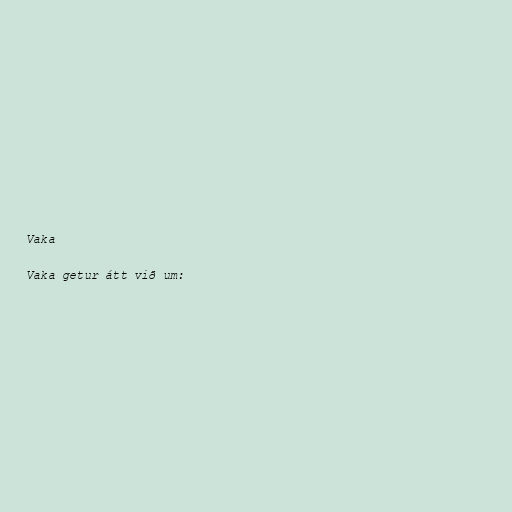
Vaka

Vaka getur átt við um: